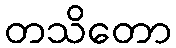
တသိတော